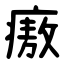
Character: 㾲